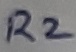
Text: R2